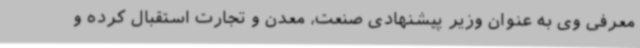
معرفی وی به عنوان وزیر پیشنهادی صنعت، معدن و تجارت استقبال کرده و